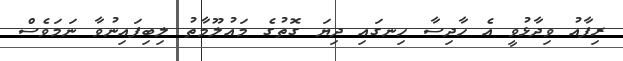
ރިފާއު ވިދާޅުވީ އެ ހާދިސާ ހިނގައި ދިޔަ ގޮތުގެ މައުލޫމާތު ލިބިފައިނުވާ ނަމަވެސް